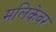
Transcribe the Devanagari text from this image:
मलिकेवर